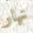
نهار